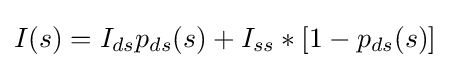
I(s)=I_{ds}p_{ds}(s)+I_{ss}*[1-p_{ds}(s)]